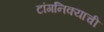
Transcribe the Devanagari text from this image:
टांगनिक्याची